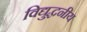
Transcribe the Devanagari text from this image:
विद्युद्धनीय